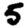
Digit: 5